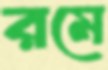
রমে